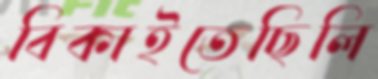
বিকাইতেছিলি